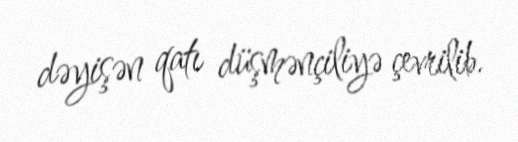
dəyişən qatı düşmənçiliyə çevrilib.